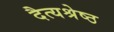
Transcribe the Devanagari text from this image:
दैत्यश्रेष्ठ